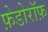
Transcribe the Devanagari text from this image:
फ़ेडोरॉफ़